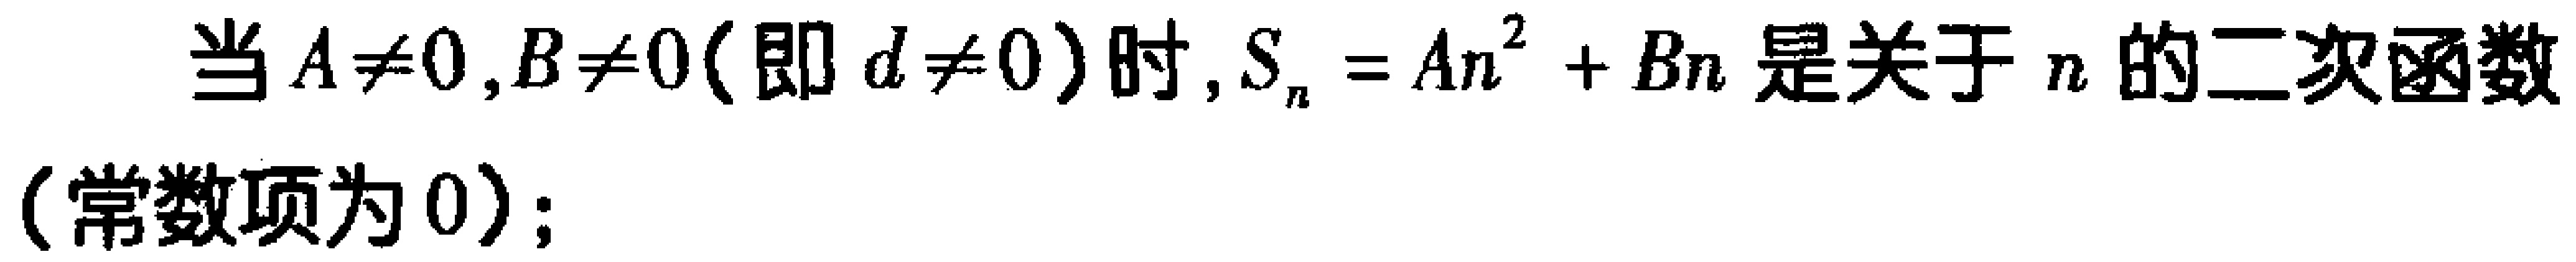
当\(A\neq0,B\neq0\)（即\(d\neq0\)）时，\(S_{n}=An^{2}+Bn\)是关于\(n\)的二次函数（常数项为\(0\)）；